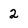
Character: 2